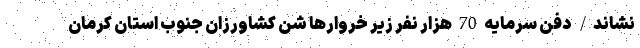
نشاند/ دفن سرمایه 70 هزار نفر زیر خروارها شن کشاورزان جنوب استان کرمان